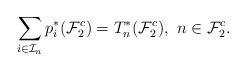
LaTeX: \begin{align*}\sum_{i\in \mathcal I_n}p_i^*(\mathcal F_2^c)=T_n^*(\mathcal F_2^c), \ n\in \mathcal F_2^c.\end{align*}